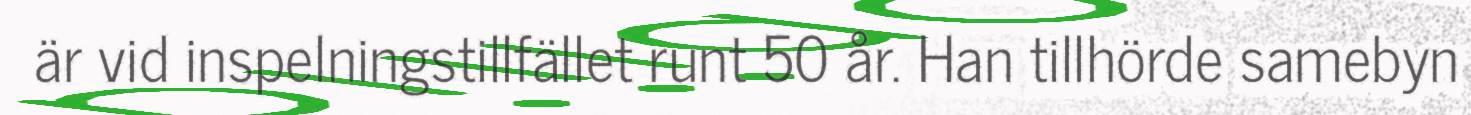
är vid inspelningstillfället runt 50 år. Han tillhörde samebyn